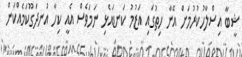
ޝީބާ އިސްލާހުކުރުމަށް އޭނާ ހިތުގައި އަޒުމު ކަނޑައެޅި ނަމަވެސް އެއީ ކިހާ އުނދަގޫކަމެއްކަން